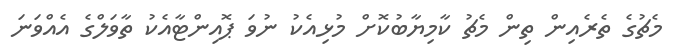
މެޗުގެ ތެރެއިން ތިން މެޗު ކާމިޔާބުކޮށް މުޅިއެކު ނުވަ ޕޮއިންޓާއެކު ތާވަލްގެ އެއްވަނަ